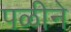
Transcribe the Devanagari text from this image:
पळीने